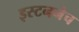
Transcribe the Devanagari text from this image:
इस्टननेच